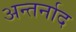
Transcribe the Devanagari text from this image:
अन्तर्नाद